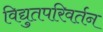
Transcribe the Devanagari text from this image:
विद्युतपरिवर्तन